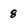
Character: 8